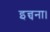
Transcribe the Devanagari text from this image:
इन्चना।